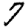
Digit: 7